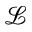
\mathcal { L }